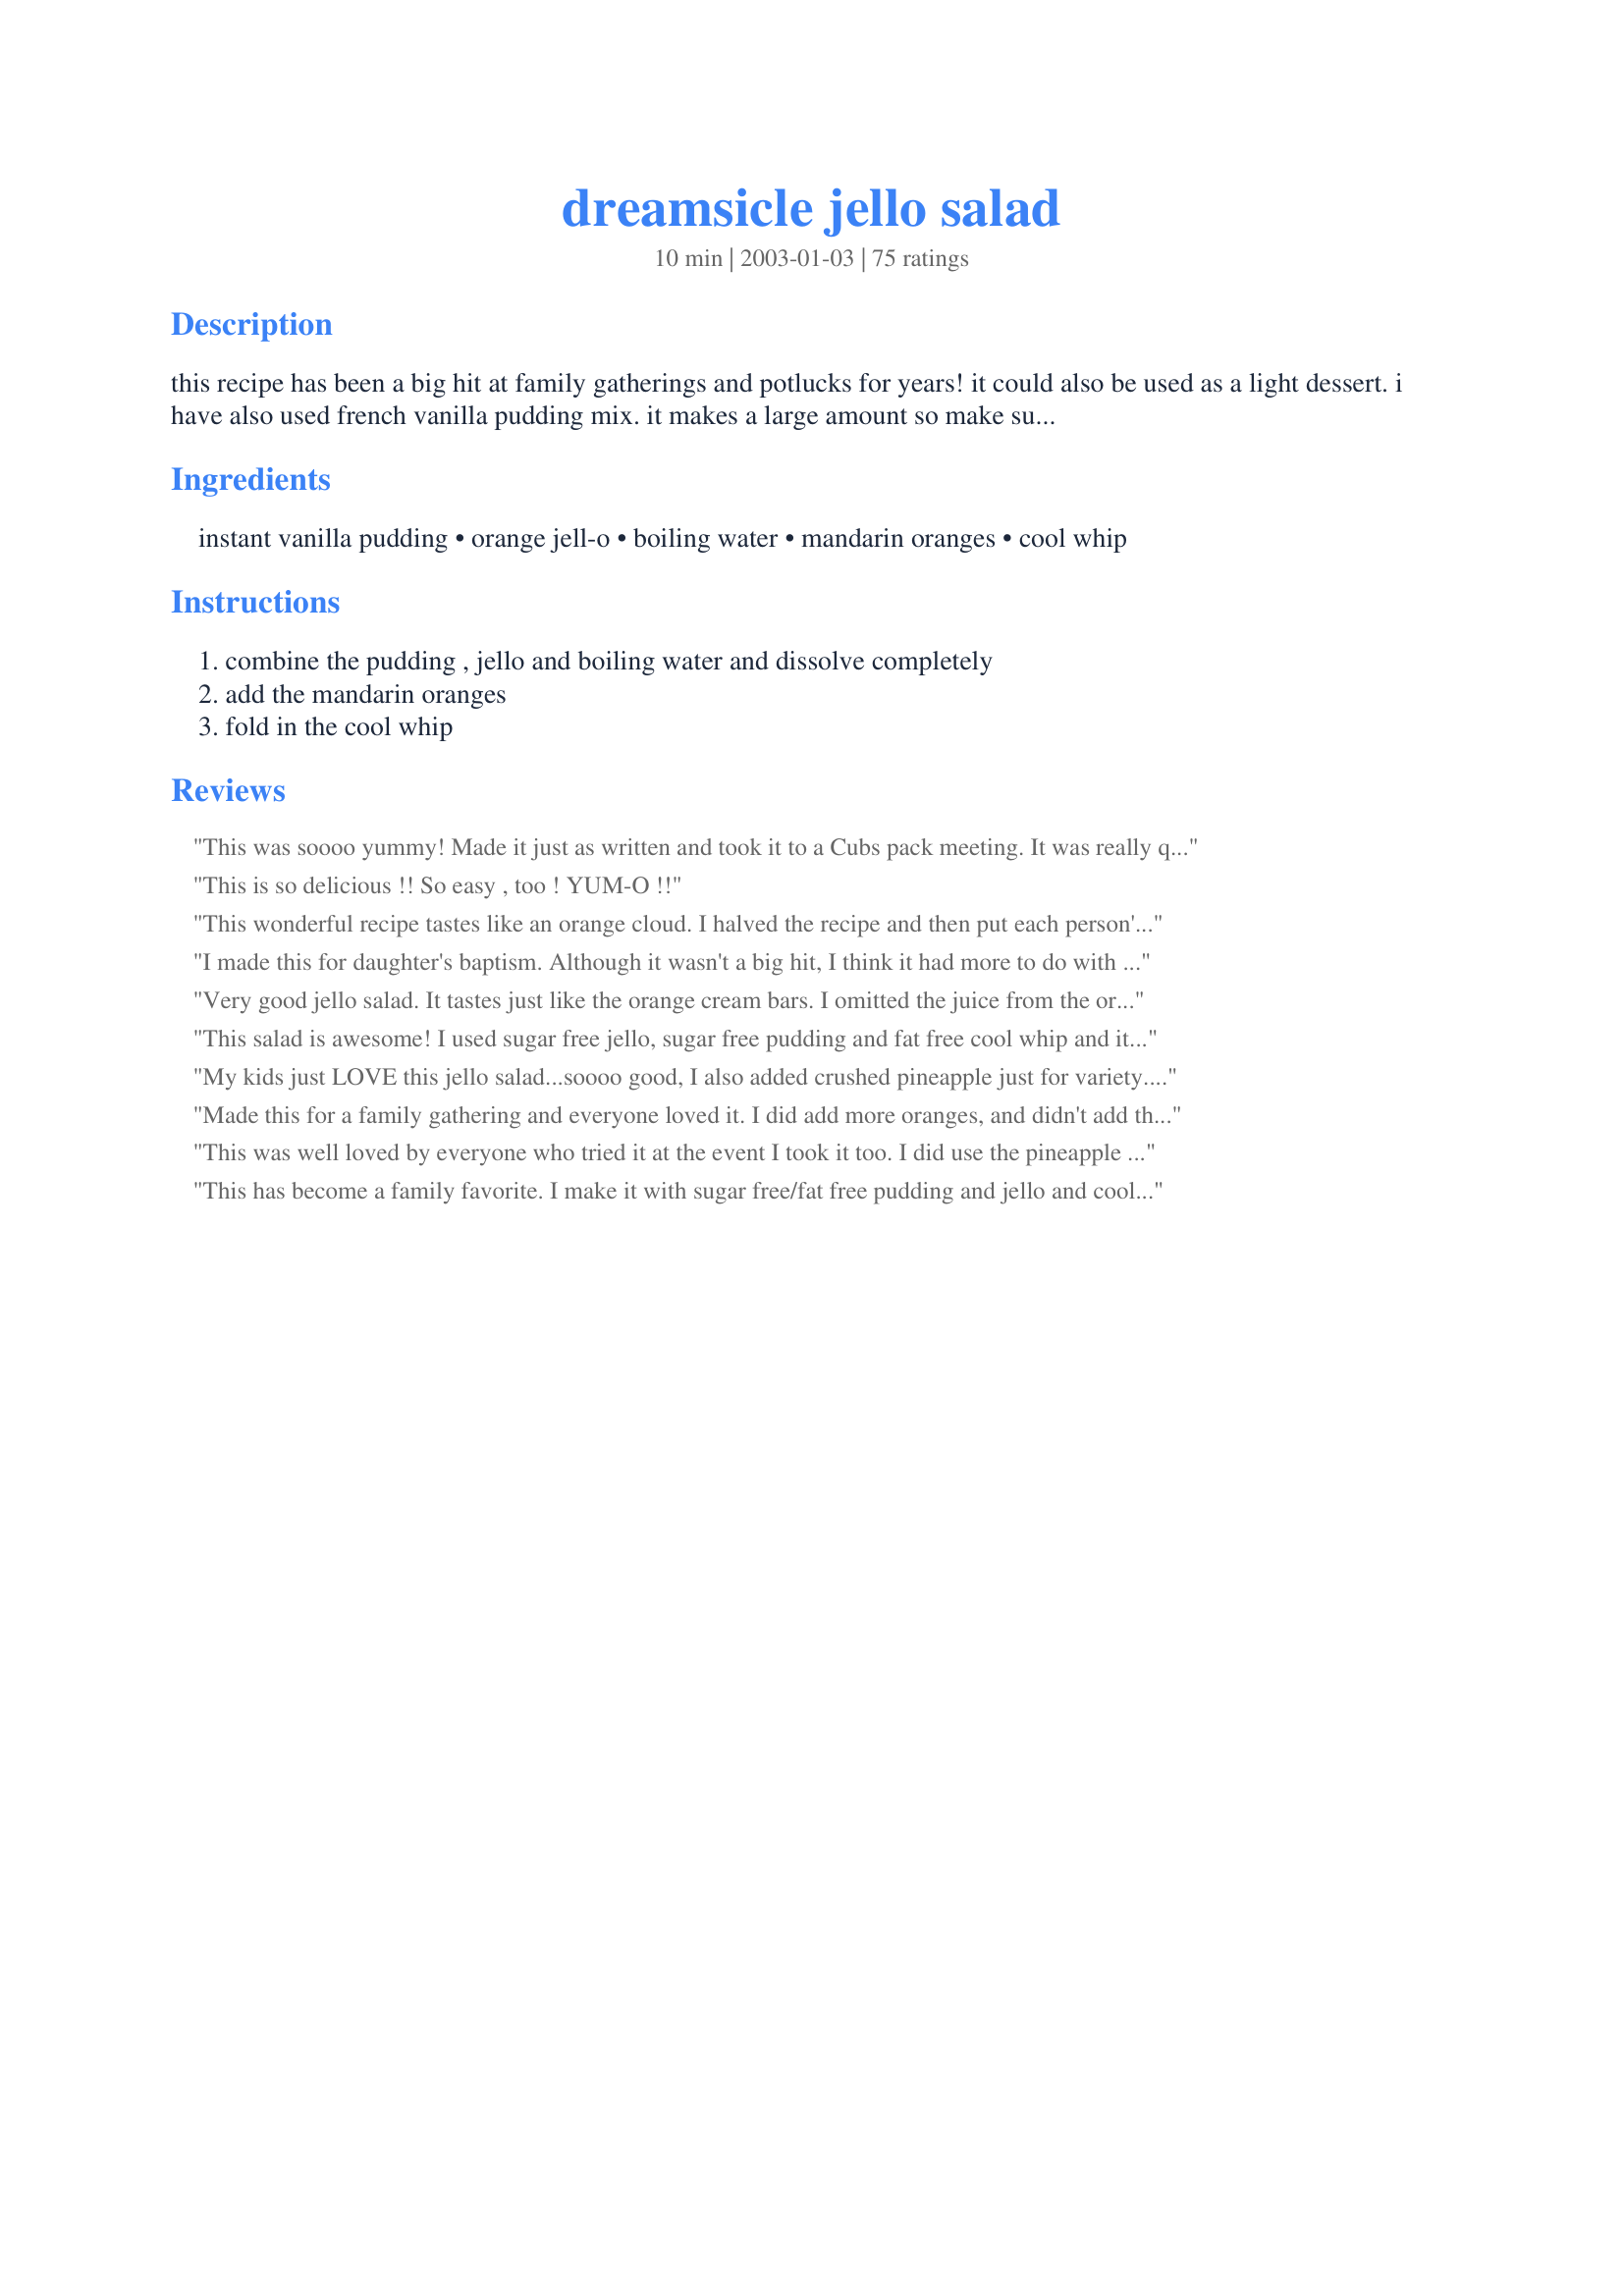
dreamsicle jello salad
Preparation time: 10 minutes

this recipe has been a big hit at family gatherings and potlucks for years! it could also be used as a light dessert. i have also used french vanilla pudding mix. it makes a large amount so make sure to use a very large mixing bowl.

Ingredients:
instant vanilla pudding, orange jell-o, boiling water, mandarin oranges, cool whip

Steps:
combine the pudding , jello and boiling water and dissolve completely, add the mandarin oranges, fold in the cool whip

Reviews:
This was soooo yummy! Made it just as written and took it to a Cubs pack meeting. It was really quick and simple to make, made a ton, and everyone loved it. Just perfect! :) I got lots of compliments on it and requests for the recipe. I'll be making this alot from now on! Thanks for the super-great recipe!
This is so delicious !! So easy , too ! YUM-O !!
This wonderful recipe tastes like an orange cloud. I halved the recipe and then put each person's serving in an individual ramekin. The I decorated the top with three mandarin oranges. They were as beautiful as they were tasty. I think I'm going to do some experimenting....like cherry jello and canned cherries (not the pie filling). I think the possibilities are endless. Thanks for a great one!
I made this for daughter's baptism. Although it wasn't a big hit, I think it had more to do with individual preference instead of the quality of this recipe. This does taste like a dreamsicle and has a nice consistency.
Very good jello salad. It tastes just like the orange cream bars. I omitted the juice from the oranges, since some of the reviewers said the jello salad gets runny very quick, when it is left out on the buffet table. I'm glad I did because the salad was plenty sweet and the juice was nothing but fructose and water anyway. Plus, by omitting the juice, it did not get runny after it set out awhile. Using a hand mixer or a whisk, I mixed in the jello/pudding/hot water mixture with the semi-frozen cool whip, as was suggested on the cool whip container. This helps speed the cooling down of the jello salad and sets it quicker. I stirred in the mandarin oranges at the end.
This salad is awesome! I used sugar free jello, sugar free pudding and fat free cool whip and it turned out great. This will be made again and again. Thanks Dianne for a real keeper!
My kids just LOVE this jello salad...soooo good, I also added crushed pineapple just for variety...made it even better!!
Made this for a family gathering and everyone loved it. I did add more oranges, and didn't add the extra juice from them, so every bite had an orange in it, besides that I made as directed. Thanks for posting.
This was well loved by everyone who tried it at the event I took it too. I did use the pineapple as other people suggested as well as the mandarin oranges. Very easy recipe to make and didn't take a lot of time to make.
This has become a family favorite. I make it with sugar free/fat free pudding and jello and cool whip lite or free. I like to add a can of crushed pineapple as suggested by another reviewer.
I really enjoyed this light &amp; creamy dessert - you could lighten it up by using the lite versions of the pudding, Jello, and Cool Whip. Or make it a little more interesting by adding mini-marshmallows :) I think next time I might experiment with other fruits.
This was good but I learned the hard way, if you use sugar free pudding wait till it cools slightly before adding pudding. The boiling water does funky stuff to the aspartame in the pudding and makes it taste nasty bitter. It doesn't seem to be bitter if it is cooled first.
This recipe was very easy but my family was not impressed with it. It was okay. The pulp from the oranges was a turn off for the kids. It was better the next day after being refrigerated.
Taste just like a dreamsicle!
I would NOT recommend this salad as a side salad. It&#039;s VERY sweet. However, as a dessert or snack (for me, a snack salad), it&#039;s wonderful. Light, smooth and just something to take care of that gnawing sweet tooth.
It tastes similar to a dreamsicle, but we found it to be too sweet for our tastes. I mostly tasted the vanilla pudding. Won't make again.
Wanted to let you know that we had this again tonight. This time it was set before DH got any.
He says it YUMMY!!!
And he gives it 7 stars.
That really surprised me, he never gives anything more than 4 stars.

Thanks again.
This was fabulous.... big hit at our family event!! Didn&#039;t quit fit my trifle bowl like I wanted.. so next time I&#039;ll add another pudding, jello, and 8 ozs of whip....I think it needed a little more mandrains... I will also add those after the whip as they are quite delicate for all the stirring..very wonderful
This is the salad my kids request. I've made this four times already....LOL. Its simple, the ingredients are always on hand and tastes dreamy. Thank you for such a winner of a recipe....Stephanie
I served this for a gathering yesterday, and it was a big success...even with the men...it went together beautifully...I will definitely be making this again...thanks for sharing your recipe.
This was very yummy! I used sugar free/light everything and it turned out perfect. I also added some crushed pineapple. Thanks!
I use cool whip that's barely thawed from the freezer, because I like getting blobs of the whip cream. I try not to over stir it at the end. This is great for when the toddlers and I are cooped up and bored, because these ingredients can always be kept on hand. There is plenty of pouring and stirring for them to do! We also made this once by substituting the oranges with a can of cherry pie filling, and used cherry jello. It wasn't bad, but was WAY too sweet for me. Husband and kids still ate it though!
Was Excellent! Made for Easter and everyone loved it next time I think I might try little jello chunks as well! Quick and Easy! Thanks!
Really good! I am on Nutrisystem and this is the perfect way to turn a "fruit serving" into a dessert by just adding "free foods." I also used sugar free versions of the Jello, pudding, and Cool Whip.
This was pretty damn good but I thought it was too creamy with 16oz of cool whip. I was going to make it again with only 8oz of cool whip when I had an idea. I used black cherry gelatin, 2 jars of maraschino cherries (with juice) and 8oz of cool whip. I used sugar free gelatin, pudding and cool whip. This was AMAZING, almost like eating whipped up cherry ice cream. If yu like cherries you&#039;ll love this.
smells good and tastes good if you are looking for something sweet...a little too sweet for me though. Maybe next time I will just use 1 pudding packet instead of 2
This very good. Would be great in the summer when its sooo hot. I used sugarfree pudding and jello and also did not use the juice from the oranges and it turned out fine.
Have wanted to try this for some time. It's so easy and quick to make and everyone loved it.
I have seen this recipe elseware, as a diet recipe. I use SF/FF Pudding, SF jell-O, and FF Coolwhip. You can't even tell it is diet!
Very good! Thank you for sharing this recipe.
Oh my goodness!! Can't believe how easy to make and how good this was. Made it for dinner at home but can't wait to serve it to family and friends. Tastes a lot more sophisticated than it actually is when you consider the ingredients and time to make. Thanks for posting such an excellent recipe.
Yum! This is a delicious recipe...it really does taste just like creamsicles! I was worried at first because the mixture seemed too runny, but I popped it in the fridge and it set and became a great, fluffy consistency! Be warned though - don't leave this sitting out on the table during your meal, because it tends to soften pretty quickly! Thanks for a delicious recipe!
We enjoyed this salad. It was a little on the sweet side (I used sugar free jello and sugar free pudding -- maybe that was why). I meant to add some crushed pineapple and forgot. I think I'll try that the next time. It was very refreshing -- but it sure does make a lot! Thanks for posting this.
This was a nice lite and fluffy salad. I really enjoyed it! I'm thinking I may substitute strawberry jello and fresh berries for the next time. Thanks!
Please heed other reviewers' advice about NOT adding the mandarin orange juice...I wish I had. Tasted great, but way too runny, and even worse if it sits at the table too long.
Round of 5 stars from this family. Tastes like the real deal and super easy to throw together. My only change will be to add another can of drained oranges, it seemed with the amount of salad it makes, it could use more oranges or even some other fruit. Tasty treat!
I .used this recipe with strawberry jello and fresh strawberries! So good. I am going to try it with raspberries, also
I used sugar free jello, sugar free/fat free pudding, and light Cool Whip, and I added a can of pineapple. I was worried about the consistency, too, at first, but it turned out light, fluffy, cool and delicious. This is a perfect cool, creamy treat for a hot summer day.
Easy and refreshing. This makes A LOT!
Very yummy, tastes like orange sherbert. There were not enough mandarin oranges for my taste so next time I will add more. Very easy to make.
Super Easy, fast, and light. Thanks for the recipe.
This was very good. Excellent! Everybody loved it. I didn't change a thing. Thank you for posting.
I've made this several times for parties--never any left! Easy and awesome dessert!
Excellent and easy! I took the advice of other reviewers...I used two cans of mandarin oranges, but only added the juice from one can.
Loved this!!! Was very easy to convert to low cal. Just use the low fat, sugar free version of pudding, jello and Cool Whip. Loved that it did make a large batch, as I had desert for the week for myself and family, and quick pick me up when I was just a little hungry. Thanx for posting.
I used all ingredients as directed. Next time, I'll make "lite" version with fat free pudding, sugar-free jello and cool whip free as others have done with success. Also, yes, this is one you can "tweak" a little with different flavors of ingredients. A strawberry one sounds great!
Yummmmm - easy, quick & delicious!
This is a spoonful of heaven! Tastes as good as the name. Thanks for a wonderful fruit salad!!
This is a very nice dessert - great for hot weather! It comes out very much like a custard in texture. I used slightly different sizes of boxes based on what I had on hand - used one 5.1 oz box of vanilla pudding and 2 0.3 oz sugar free Orange jello. After reading the notes on the Cool Whip container, after dissolving the pudding and jello into the hot water, I let it cool down a bit before folding in the Cool Whip (as the container said that increased heat would increase runniness of the product). This firmed up beautifully in 2 hours and served up creamy and delicious. Thanks for sharing!
Well I should have halved this. It made way more than I needed. I think that even if you make half I would add the same amount of oranges. I was hoping for a fluffier texture, but it was kinda goopy like pudding. It tastes ok but it is really, really sweet. It just wasn't something I would want to eat alot of. It is however very fast and easy to prepare. I probably won't make again.
This was really good and easy to make. I used sugar free vanilla pudding, sugar free orange jello and sugar free cool whip. I added the juice from the oranges and it firmed up nicely in the fridge. You just don't want to keep it out on the table for a long time. We really enjoyed this, as did everyone at our house and we will be making it again!
Made this for a 4th of July party. What a huge hit! I thought it didn't look right when I was making it as it looking kind of gloppy........but it worked! It does taste like a dreamsicle pop..........yummy !
Excellent! Everybody loved it! I used no sugar jello and pudding and lite Cool whip, even the dieters could eat it!
This was delicious! It's so smooth and creamy. I used sugar free jello and lite cool whip, and it was perfect. I think next time I might try adding a can of drained crushed pineapple. I think that would make it even better. Thanks for the wonderful recipe!
Super easy to put together and delicious. It really tastes like a dreamsicle! Very smooth and creamy too. Needs to be kept cold, it softened up quite a bit when I let it sit on a buffet.
Tastes like orange sherbert, kids loved it!
I made this for our Easter dinner and then had a friend who lost her father and sent it to them with dinner. She called and said it was the best she had ever tasted. Thanks
I tought our 4-H group how to cook ALL LAST WEEKEND...PHEW...and this was their dessert.It was very easy to put together and super quick! I got phone calls from everyone and their families,including ours,really liked it. I think that it tastes just like a dreamsicle! Thanks for posting!!
I'm not sure what I did wrong, but mine came out really runny and we didn't care for it too much.
I was really nervous about this when I first made it because it was soooo sickly sweet but after letting it chill for awhile, it did get alot better. However, I still think it's a little sweet...If I make it again, I might not use the mandarin juice at all and only use water. I also could only find 15 oz cans of mandarins so I used two but only used the juice from one. I do think I'll make again though and just tweak it a bit. (Note: I also used sugar free pudding and jello and fat free whip so that might have made a difference too) Thanks!
 I made this for my birthday dinner last night and can't believe how yummy it is, considering how easy it was to prepare. I highly recommend this to anyone looking for a delicious treat with minimal effort. And I did as another reviewer suggested, I added a can of crushed pineapple, drained. It was excellent! Thanks!

I halved this recipe, it was so easy to make and very good to eat!! Thanks for posting Dianne!
This whips up quick and makes a perfect potluck food. The first time I made it, I personally did not care for the orange flavor, but everyone else gobbled it up. So, I have since tried it with various other flavors, such as strawberry banana jello & vanilla (or banana) pudding with fresh banana mixed in. I really think this recipe lends itself to a variety of different flavors, which makes it easier to use up whatever flavors of jello and pudding are already in your pantry.
Super easy and delicious. Took it to a potluck at work and had lots of people asking for the recipe. Actaully even easier than going to the store to buy something last minute. Thanks!
This recipe rocks! You could easily switch up the flavors, too, if you cared to do so. I think the instructions should've noted time to set up because it's not an instant thing. It takes a few hours to get the right consistancy. Other than that, AWESOME!!!
Made this for a pot luck at work today! When I made it, it looked so good I think I could've eaten the whole bowl! I followed others directions for not mixing the oranges into the salad w/ the juice because it makes it too runny. Instead of wasting the juice I used it in place of the boiling water for more flavor. YUM!
I used peach jello as that was already on hand. We also froze some as popsicles for the little tykes and they were a huge hit.
SO YUMMY!!! SO easy to make and it is just to die for! I brought this to just about every summer party this year and gave out the recipe at each one. Completely gone at every party I took it to.
I've had this one waiting in the wings to try and finally did it. Now I'm kicking myself for not having used it before. I used sugar-free jello and pudding and lite cool whip for the diabetics in my house. They loved it and they especially liked the idea of changing the flavors occassionally. Thanks for this keeper!
turned out great...having it for thanksgiving...will make this again I'm sure..split it in half added pineapple to one bowl,as one of daughter doesn't like pineapple,,
Very good. I did add crushed pineapple, coconut, and mini marshmallows, and left out the juice from the oranges. It was well-received at our Thanksgiving table. I'll be making this one again.
This was wonderful, I literally made it in 5 minutes (because of the boiling water). I used it with a heavy meal and it was light and perfect. The teenagers even liked it and they are sooooo
picky.
Wonderful refreshing taste.I used sugar free french vanilla pudding and it was loved by all. Thanks for sharing.
This is the best jello salad ever. Whenever we go to a party or have family gatherings we take this. IT IS A HIT EVERY TIME. It is not that beautiful to look at but once the first person tastes it everyone is fighting over the last bite! Absolutely Wonderful!!!!!!
Yummy! Tastes just like a dreamsicle. Thank you, Dianne
